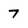
Character: 7